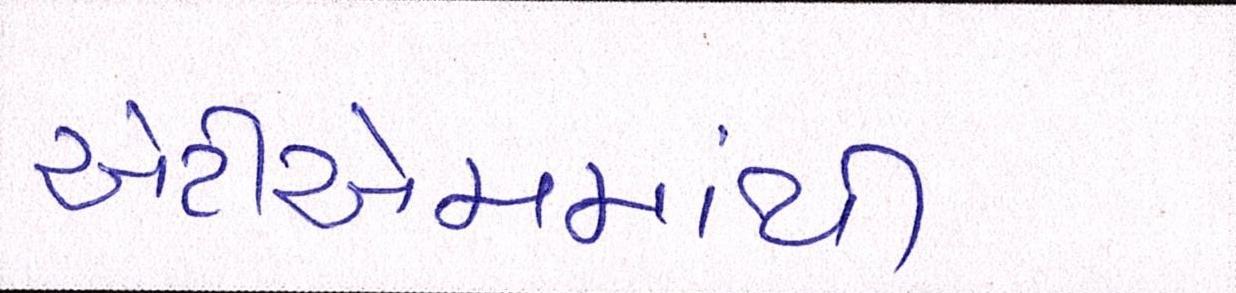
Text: એટીએમમાંથી